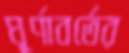
ঘূর্ণাবর্তের